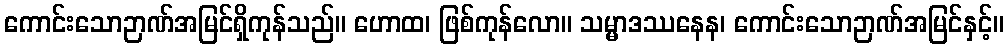
ကောင်းသောဉာဏ်အမြင်ရှိကုန်သည်။ ဟောထ၊ ဖြစ်ကုန်လော။ သမ္မာဒဿနေန၊ ကောင်းသောဉာဏ်အမြင်နှင့်။